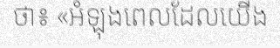
ថា៖ «អំឡុងពេលដែលយើង